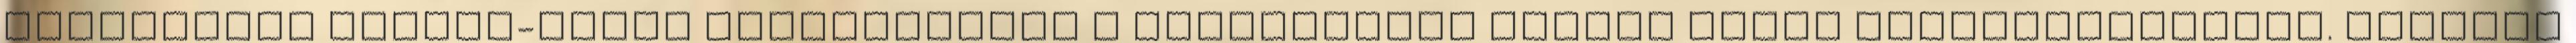
Budapesten magyar-német megállapodás a Jugoszlávia elleni közös hadmûveletekrõl. április